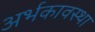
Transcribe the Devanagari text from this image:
अर्भकावस्था